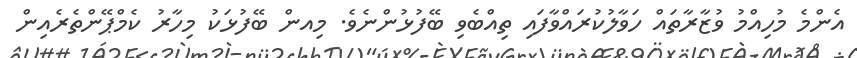
އެންމެ މުހިއްމު ވުޒާރާތައް ހަވާލުކުރައްވާފައި ތިއްބެވި ބޭފުޅުންނެވެ. މިއން ބޭފުޅަކު މިހާރު ކެމްޕޭންތެރެއިން